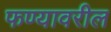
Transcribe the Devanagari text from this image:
फण्यावरील